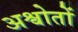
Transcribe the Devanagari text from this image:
अश्वोतों